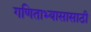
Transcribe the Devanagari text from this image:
गणिताभ्यासासाठी